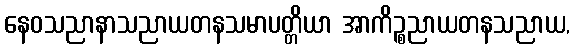
နေဝသညာနာသညာယတနသမာပတ္တိယာ အာကိဉ္စညာယတနသညာယ,